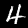
Label: 4